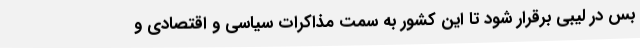
بس در لیبی برقرار شود تا این کشور به سمت مذاکرات سیاسی و اقتصادی و